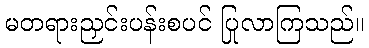
မတရားညှင်းပန်းစပင် ပြုလာကြသည်။